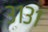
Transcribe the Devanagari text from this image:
३१३१